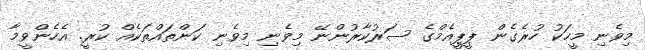
މިވެނި މީހަކު ހުރެގެން ޕީޕީއެމްގެ ސަރުކާރުންނޭ މިވެނި މިވެނި ކަންތައްތަކެއް ކުރީ. އެހެންވީމާ